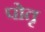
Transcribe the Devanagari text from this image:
पोतृ